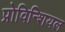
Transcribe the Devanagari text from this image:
प्रोविन्शियल